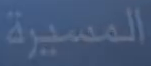
المهمسيرة